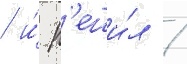
/ и́ р'еши́л /